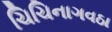
ચિચિનાગવઠા